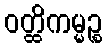
ဝတ္ထိကမ္မဉ္စ